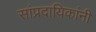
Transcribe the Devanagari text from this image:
सांप्रदायिकांनी